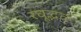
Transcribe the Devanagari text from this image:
रघूद्भव